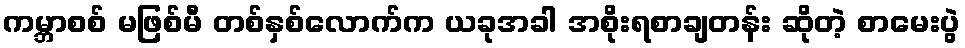
ကမ္ဘာစစ် မဖြစ်မီ တစ်နှစ်လောက်က ယခုအခါ အစိုးရစာချတန်း ဆိုတဲ့ စာမေးပွဲ